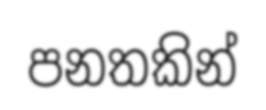
පනතකින්